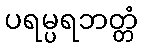
ပရမ္ပရဘတ္တံ